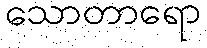
သောတာရော